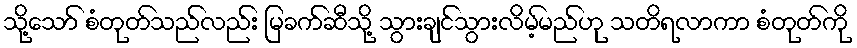
သို့သော် စံတုတ်သည်လည်း မြခက်ဆီသို့ သွားချင်သွားလိမ့်မည်ဟု သတိရလာကာ စံတုတ်ကို